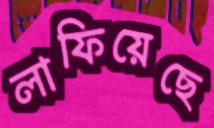
লাফিয়েছে